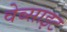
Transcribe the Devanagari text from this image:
वेब्साइट